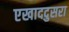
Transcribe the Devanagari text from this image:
एखाददुसरा